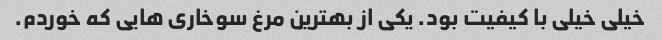
خیلی خیلی با کیفیت بود. یکی از بهترین مرغ سوخاری هایی که خوردم.